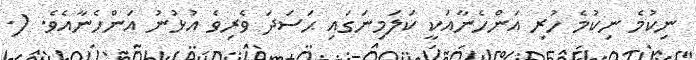
ނިކުމެ ނިކުމެ ހުރި އަންހެނާއަކީ ކަލަމިނަގައި ޙަސަދަ ވެރިވެ އުޅުނު އަންހެނާއެވެ. (.